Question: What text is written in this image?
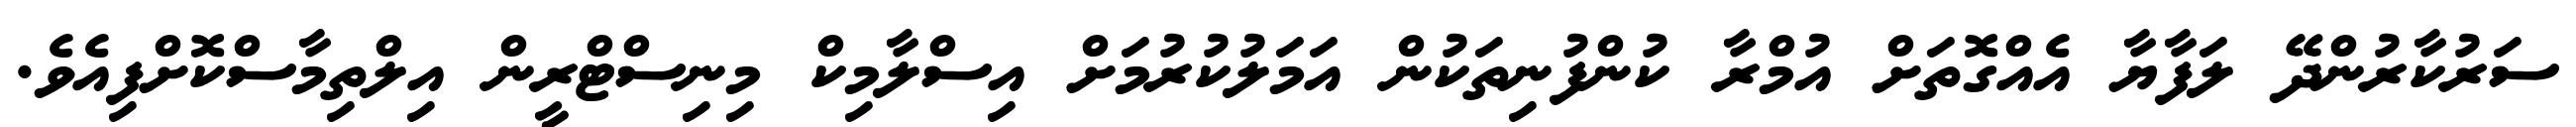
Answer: ސަރުކާރުންދޭ ލަފާޔާ އެއްގޮތަށް އުމްރާ ކުންފުނިތަކުން އަމަލުކުރުމަށް އިސްލާމިކް މިނިސްޓްރީން އިލްތިމާސްކޮށްފިއެވެ.